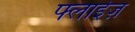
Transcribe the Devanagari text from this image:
फ्लाईज़